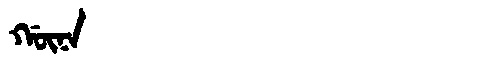
Manchu: ᡤᡡᠨᠠ
Romanization: GŪNA